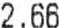
2.66